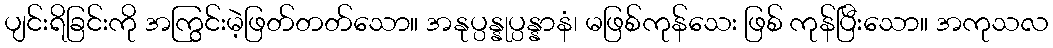
ပျင်းရိခြင်းကို အကြွင်းမဲ့ဖြတ်တတ်သော။ အနုပ္ပန္နုပ္ပန္နာနံ၊ မဖြစ်ကုန်သေး ဖြစ် ကုန်ပြီးသော။ အကုသလ